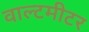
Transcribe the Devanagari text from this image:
वाल्टमीटर